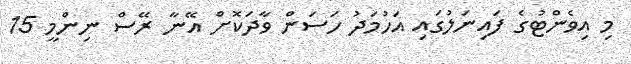
މި އިވެންޓުގެ ފައިނަލުގައި އަހުމަދު ހަސަން ވާދަކޮށް އޭނާ ރޭސް ނިންމީ 15